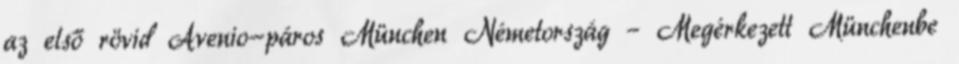
az első rövid Avenio-páros München Németország – Megérkezett Münchenbe